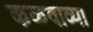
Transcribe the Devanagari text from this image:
कळवाव्या